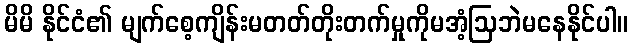
မိမိ နိုင်ငံ၏ မျက်စေ့ကျိန်းမတတ်တိုးတက်မှုကိုမအံ့ဩဘဲမနေနိုင်ပါ။